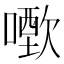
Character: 𠿣